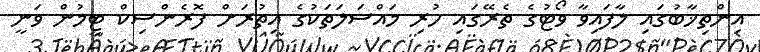
އިންތިޚާބުގައި ލާފައިވާ ވޯޓުގެ ތެރޭގައި ހުރި މައްސަލަތަކުގެ އިތުރަށް ފޮރެންސިކް ޓީމުން ވަނީ